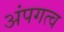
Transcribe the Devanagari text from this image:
अंपगत्व